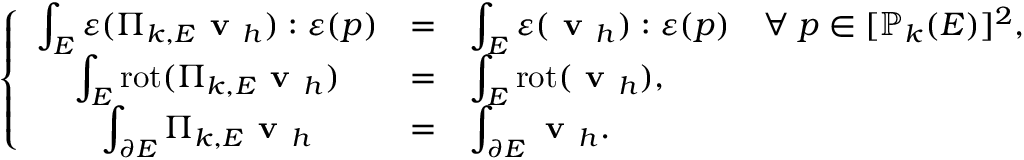
\left\{ \begin{array} { c c l } { \displaystyle { \int _ { E } \boldsymbol { \varepsilon } ( \boldsymbol { \Pi } _ { k , E } \textbf { v } _ { h } ) : \boldsymbol { \varepsilon } ( \boldsymbol { p } ) } } & { = } & { \displaystyle { \int _ { E } \boldsymbol { \varepsilon } ( \textbf { v } _ { h } ) : \boldsymbol { \varepsilon } ( \boldsymbol { p } ) } \quad \forall \; \boldsymbol { p } \in [ \mathbb { P } _ { k } ( E ) ] ^ { 2 } , } \\ { \displaystyle { \int _ { E } \mathrm { r o t } ( \boldsymbol { \Pi } _ { k , E } \textbf { v } _ { h } ) } } & { = } & { \displaystyle { \int _ { E } \mathrm { r o t } ( \textbf { v } _ { h } ) } , } \\ { \displaystyle { \int _ { \partial E } \boldsymbol { \Pi } _ { k , E } \textbf { v } _ { h } } } & { = } & { \displaystyle { \int _ { \partial E } \textbf { v } _ { h } } . } \end{array} \right.